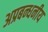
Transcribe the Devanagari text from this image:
अप्रबन्धनीय